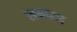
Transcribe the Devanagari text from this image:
समान्न